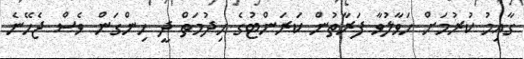
ގާއިމު ކުރުމަށް ހަވާލުވާ ފަރާތުން ކަރަންޓުގެ ހިދުމަތް ދީ ހިންގަން ވެސް ޖެހޭނެ